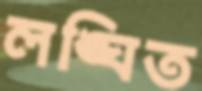
লঙ্ঘিত